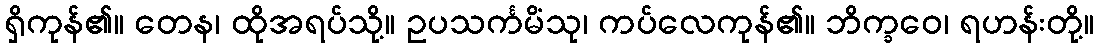
ရှိကုန်၏။ တေန၊ ထိုအရပ်သို့။ ဥပသင်္ကမိံသု၊ ကပ်လေကုန်၏။ ဘိက္ခဝေ၊ ရဟန်းတို့။